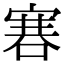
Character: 𠹟